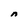
Character: n